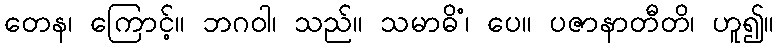
တေန၊ ကြောင့်။ ဘဂဝါ၊ သည်။ သမာဓိံ၊ ပေ။ ပဇာနာတီတိ၊ ဟူ၍။